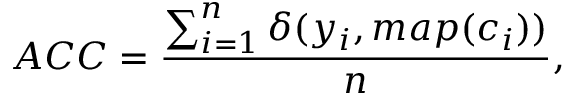
A C C = \frac { \sum _ { i = 1 } ^ { n } { \delta { ( y _ { i } , m a p ( c _ { i } ) ) } } } { { n } } ,